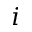
i